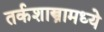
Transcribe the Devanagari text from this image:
तर्कशास्त्रामध्ये